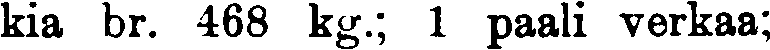
kia br. 468 kg.; 1 paali verkaa;